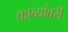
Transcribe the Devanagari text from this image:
काव्यांबरी